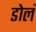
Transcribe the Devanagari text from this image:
डोलं